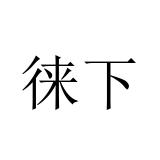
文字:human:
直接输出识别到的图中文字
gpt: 徕下